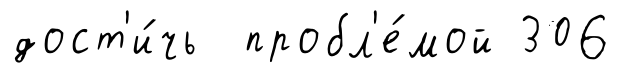
дост'и́чь пробл'е́мой 306